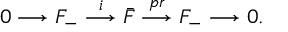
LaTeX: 0 \longrightarrow F _ { - } \stackrel { i } { \longrightarrow } \bar { F } \stackrel { p r } { \longrightarrow } F _ { - } \longrightarrow 0 .